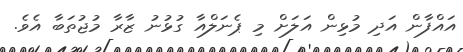
އައްފާން އަދި މުޅިން އަލަށް މި ޕެނަލްއާ ގުޅުނު ޒާރާ މުޖުތަބާ އެވެ.